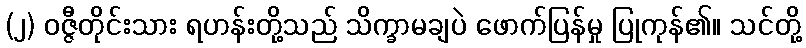
(၂) ဝဇ္ဇီတိုင်းသား ရဟန်းတို့သည် သိက္ခာမချပဲ ဖောက်ပြန်မှု ပြုကုန်၏။ သင်တို့